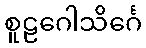
စူဠဂေါသိင်္ဂေ